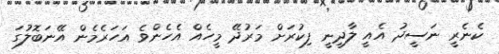
ކެނެރީ ނަސީދު އެއީ ލާދީނީ ފިކުރަށް މަރުދޭ މީހެއް އެހެންވެ އަހަރެމެން އޭނަބޮލުގަ